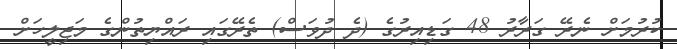
ކުރުމަށް ނެރޭ ގަރާރު 48 ގަޑިއިރުގެ (ދެ ދުވަސް) ތެރޭގައި ރައްޔިތުންގެ މަޖިލީހަށް